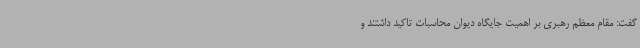
گفت: مقام معظم رهبری بر اهمیت جایگاه دیوان محاسبات تاکید داشتند و